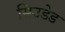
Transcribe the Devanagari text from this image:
सिउडेड